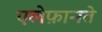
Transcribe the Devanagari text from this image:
एलेफ़ानते